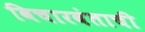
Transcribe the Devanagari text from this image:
विचारवंताची